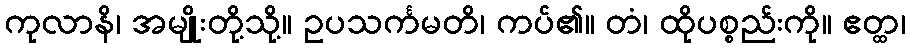
ကုလာနိ၊ အမျိုးတို့သို့။ ဥပသင်္ကမတိ၊ ကပ်၏။ တံ၊ ထိုပစ္စည်းကို။ ဧတ္ထ၊